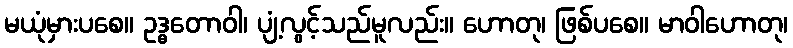
မယုံမှားပစေ။ ဥဒ္ဓတောဝါ၊ ပျံ့လွင့်သည်မူလည်း။ ဟောတု၊ ဖြစ်ပစေ။ မာဝါဟောတု၊